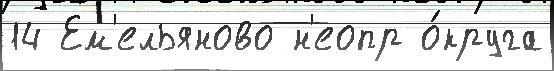
14 Ем'ельяново н'еопр о́круга